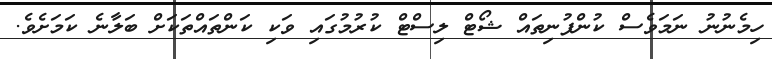
ހިމެނުނު ނަމަވެސް ކުންފުނިތައް ޝޯޓް ލިސްޓް ކުރުމުގައި ވަކި ކަންތައްތަކަށް ބަލާނެ ކަމަށެވެ.